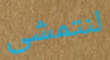
لنتمشى